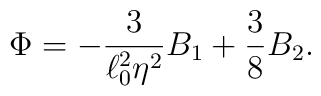
\Phi = - {3\over \ell_0^2\eta^2}B_1 + {3\over 8}B_2.